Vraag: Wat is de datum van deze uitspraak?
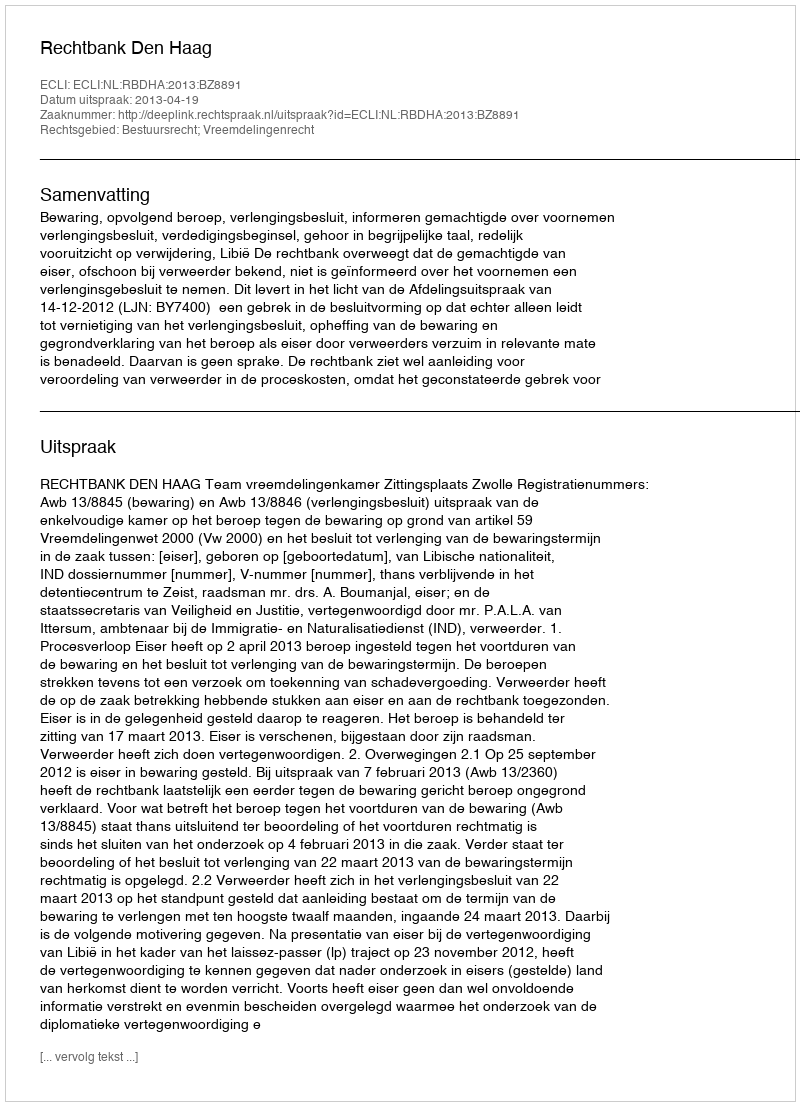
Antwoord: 2013-04-19